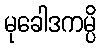
မုခေါဒကမ္ပိ